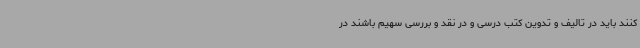
کنند باید در تالیف و تدوین کتب درسی و در نقد و بررسی سهیم باشند در